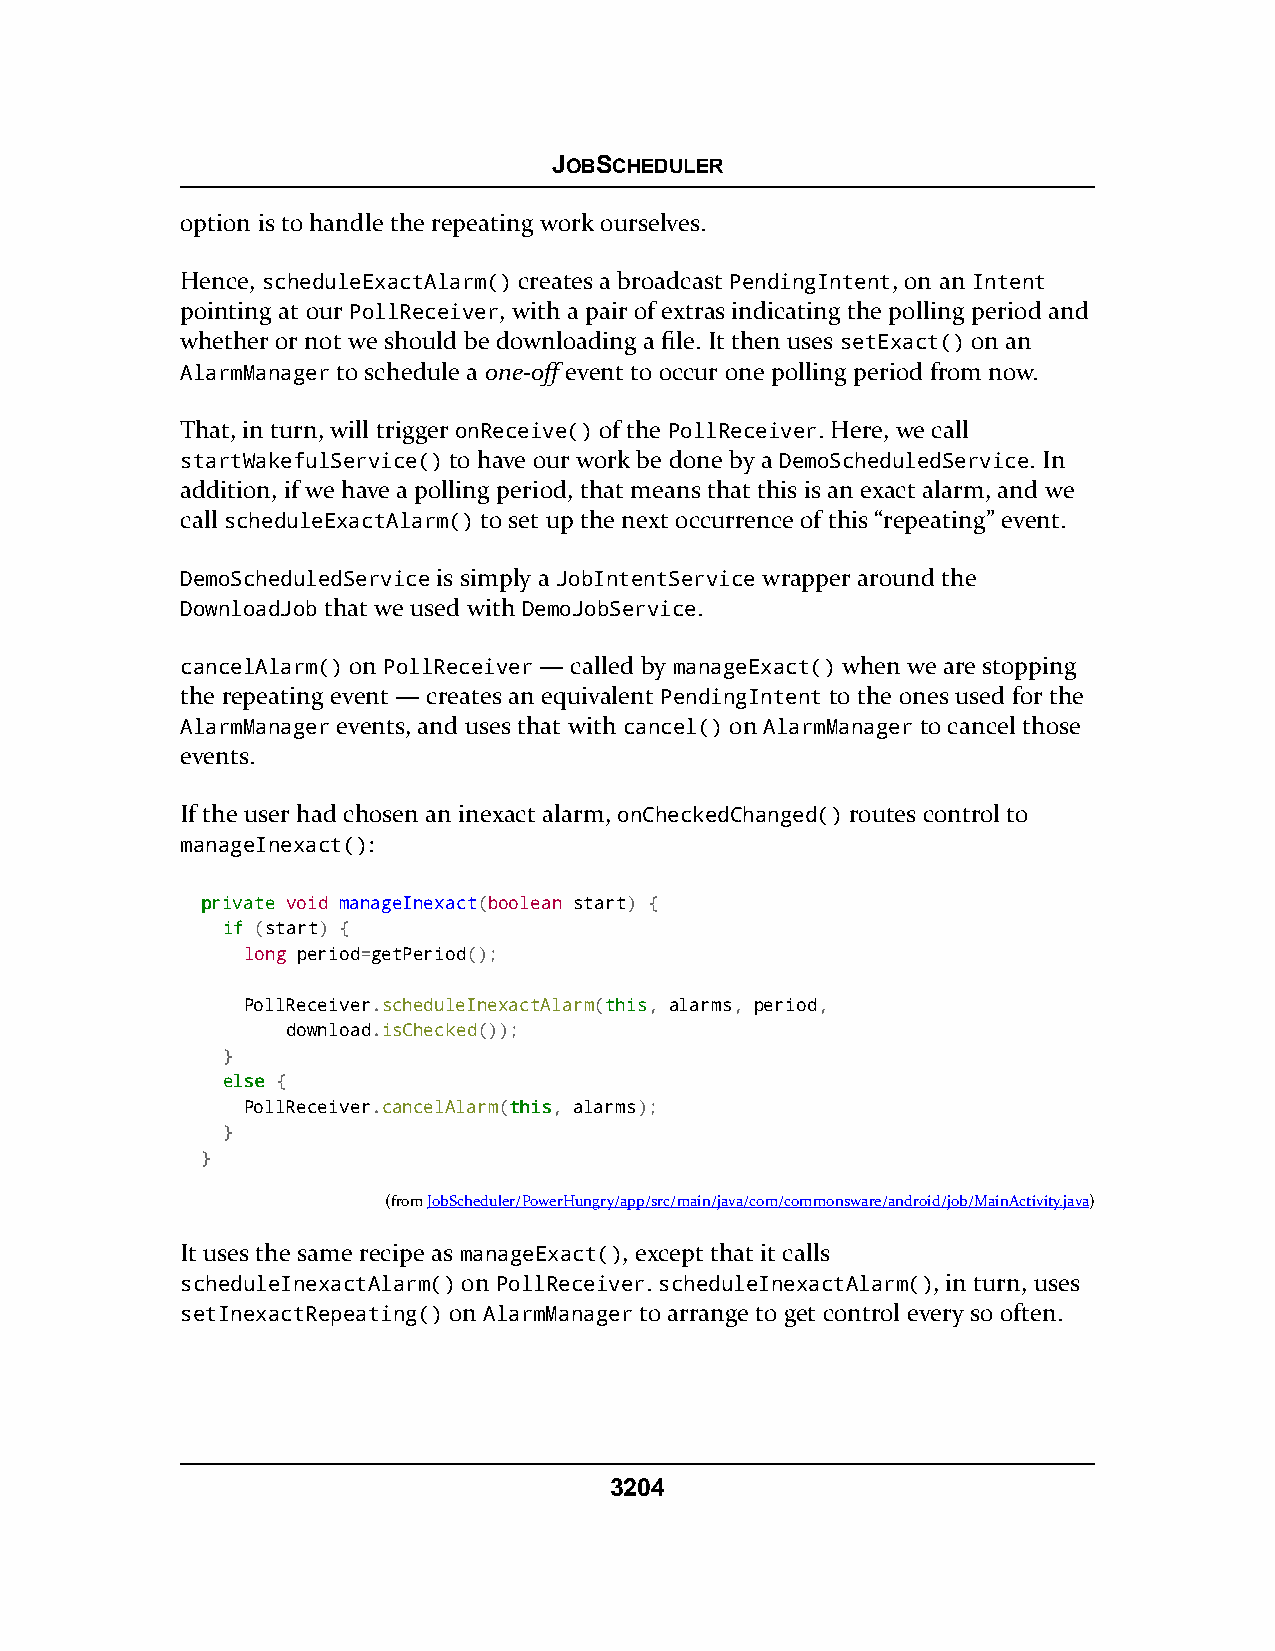
JOBSCHEDULER
 option is to handle the repeating work ourselves.
 Hence, scheduleExactAlarm() creates a broadcast PendingIntent, on an Intent
 pointing at our PollReceiver, with a pair of extras indicating the polling period and
 whether or not we should be downloading a file. It then uses setExact() on an
 AlarmManager to schedule a one-off event to occur one polling period from now.
 That, in turn, will trigger onReceive() of the PollReceiver. Here, we call
 startWakefulService() to have our work be done by a DemoScheduledService. In
 addition, if we have a polling period, that means that this is an exact alarm, and we
 call scheduleExactAlarm() to set up the next occurrence of this “repeating” event.
 DemoScheduledService is simply a JobIntentService wrapper around the
 DownloadJob that we used with DemoJobService.
 cancelAlarm() on PollReceiver — called by manageExact() when we are stopping
 the repeating event — creates an equivalent PendingIntent to the ones used for the
 AlarmManager events, and uses that with cancel() on AlarmManager to cancel those
 events.
 If the user had chosen an inexact alarm, onCheckedChanged() routes control to
 manageInexact():
 pprriivvaattee void manageInexact(boolean start) {
 iiff (start) {
 long period=getPeriod();
 PollReceiver.scheduleInexactAlarm(tthhiiss, alarms, period,
 download.isChecked());
 }
 eellssee {
 PollReceiver.cancelAlarm(tthhiiss, alarms);
 }
 }
 (fromJobScheduler/PowerHungry/app/src/main/java/com/commonsware/android/job/MainActivity.java)
 It uses the same recipe as manageExact(), except that it calls
 scheduleInexactAlarm() on PollReceiver. scheduleInexactAlarm(), in turn, uses
 setInexactRepeating() on AlarmManager to arrange to get control every so often.
 3204